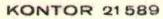
KONTOR 21 589